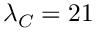
\lambda _ { C } = 2 1